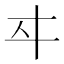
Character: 𬽤